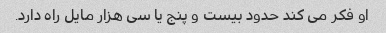
او فکر می کند حدود بیست و پنج یا سی هزار مایل راه دارد.